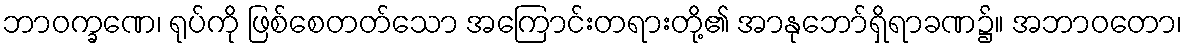
ဘာဝက္ခဏေ၊ ရုပ်ကို ဖြစ်စေတတ်သော အကြောင်းတရားတို့၏ အာနုဘော်ရှိရာခဏ၌။ အဘာဝတော၊